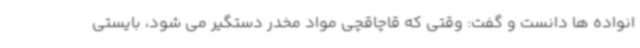
انواده ها دانست و گفت: وقتی که قاچاقچی مواد مخدر دستگیر می شود، بایستی